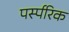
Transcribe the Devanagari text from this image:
पर्स्परिक